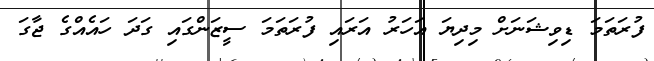
ފުރަތަމަ ޑިވިޝަނަށް މިދިޔަ އަހަރު އަރައި ފުރަތަމަ ސީޒަންގައި ގަދަ ހައެއްގެ ޖާގަ